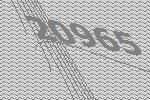
20965